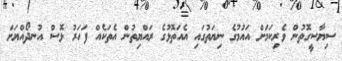
ސިޔާސީގޮތުން ވެރިކަމަށް އައުމުގެ ނިޔަތުގައި އެއަތޮޅުގެ ރައްޔިތުން އެތަކެއް ފަހަރު ޅޮސް އުނދޯއްޔަށް